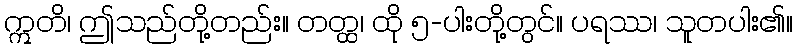
ဣတိ၊ ဤသည်တို့တည်း။ တတ္ထ၊ ထို ၅-ပါးတို့တွင်။ ပရဿ၊ သူတပါး၏။